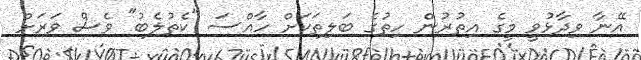
އޭނާ ވިދާޅުވީ މީގެ އިތުރުން ހިތުގެ ބަލިތަކަށް ހާއްސަ "ކެތުލެބު" ވެސް ވަރަށް